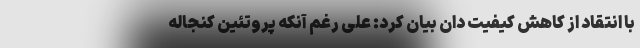
با انتقاد از کاهش کیفیت دان بیان کرد: علی رغم آنکه پروتئین کنجاله